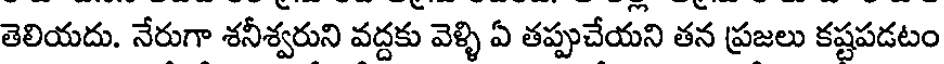
తెలియదు. నేరుగా శనీశ్వరుని వద్దకు వెళ్ళి ఏ తప్పుచేయని తన ప్రజలు కష్టపడటం